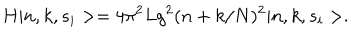
LaTeX: H \vert n , k , s _ { i } > = 4 \pi ^ { 2 } L g ^ { 2 } ( n + k / N ) ^ { 2 } \vert n , k , s _ { i } > .